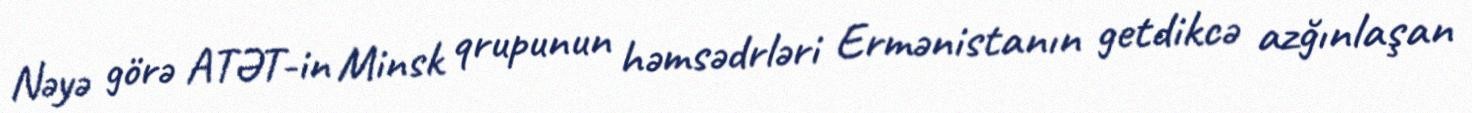
Nəyə görə ATƏT-in Minsk qrupunun həmsədrləri Ermənistanın getdikcə azğınlaşan